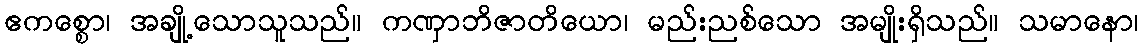
ဧကစ္စော၊ အချို့သောသူသည်။ ကဏှာဘိဇာတိယော၊ မည်းညစ်သော အမျိုးရှိသည်။ သမာနော၊